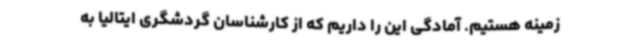
زمینه هستیم. آمادگی این را داریم که از کارشناسان گردشگری ایتالیا به